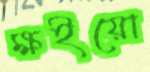
ক্ষইয়ো